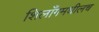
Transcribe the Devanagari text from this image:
शिलाँगमधीलच